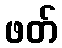
ဖတ်